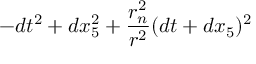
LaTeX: - d t ^ { 2 } + d x _ { 5 } ^ { 2 } + { \frac { r _ { n } ^ { 2 } } { r ^ { 2 } } } ( d t + d x _ { 5 } ) ^ { 2 }